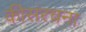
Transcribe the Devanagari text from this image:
कीसंरचना